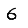
Digit: 6